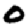
Digit: 0